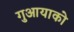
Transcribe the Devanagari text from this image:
गुआयाको